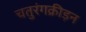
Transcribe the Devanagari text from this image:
चतुरंगक्रीड़न